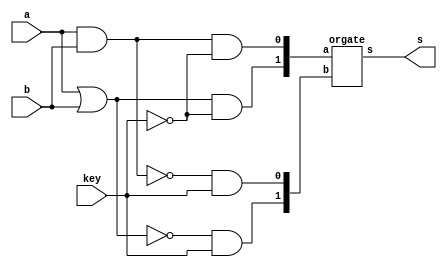
// -------------------------
// Exemplo0033 - LU selecionavel
// Nome: Jenifer Henrique
// -------------------------
// -------------------------
// LU
// -------------------------
   module LU (output [1:0]s, input a, input b, input key);

   wire [3:0] c;
   wire [1:0] d;
   wire [1:0] e;

   // descrever por portas
   and AND1(c[0], a, b);
   or  OR1 (c[1], a, b);

   nand NAND1(c[2], a, b);
   nor NOR1(c[3], a, b);

   and AND2(d[0], c[0], ~key);
   and AND3(d[1], c[1], ~key);
   and AND4(e[0], c[2], key);
   and AND5(e[1], c[3], key);
   
   orgate OR2(s, d, e );

   endmodule // LU
   
   module orgate (output [1:0] s, input[1:0] a, input[1:0]b);
          or OR1 (s[0], a[0], b[0]);
          or OR2 (s[1], a[1], b[1]);
   endmodule



   module test_LU;
// ------------------------- definir dados
   reg x, y, key;
   wire [1:0] z;
   LU modulo (z, x, y, key);

// ------------------------- parte principal
   initial begin
   $display("Exemplo0033 - Jenifer Henrique - 427420");
   $display("Test LU's module");
   $display("\n A | B | KEY | OR/AND | NOR/NAND");
   $monitor("%1b    %1b    %1b       %2b ",x,y,key,z);
   
       //projetar testes do modulo
          x = 1'b0;   y = 1'b0;   key = 0;
       #1 x = 1'b0;   y = 4'b1;   key = 0;
       #1 x = 1'b1;   y = 4'b0;   key = 0;
       #1 x = 1'b1;   y = 4'b1;   key = 0;
       
       #1 x = 1'b0;   y = 1'b0;   key = 1;
       #1 x = 1'b0;   y = 4'b1;   key = 1;
       #1 x = 1'b1;   y = 4'b0;   key = 1;
       #1 x = 1'b1;   y = 4'b1;   key = 1;

   end
endmodule // test_f4